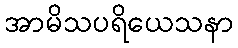
အာမိသပရိယေသနာ